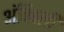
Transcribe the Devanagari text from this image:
अंबिवली